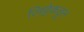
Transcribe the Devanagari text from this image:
लिट्टेकडून